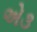
એ૩